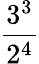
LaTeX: \frac{3^{3}}{2^{4}}